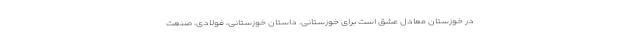
در خوزستان معادل عشق است برای خوزستانی. داستان خوزستانی، فولادی، صنعت